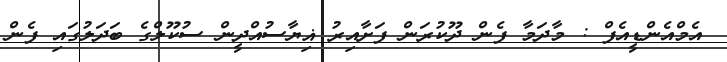
އެމްއެންޑީއެފް : މާދަމާ ފެން ދޫކުރަން ފަށާއިރު ޣިޔާސުއްދީން ސުކޫލްގެ ބަދަލުގައި ފެން